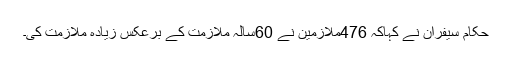
حکام سیفران نے کہاکہ 476ملازمین نے 60سالہ ملازمت کے برعکس زیادہ ملازمت کی۔